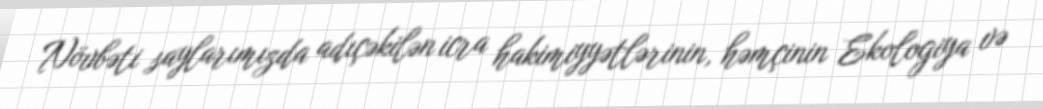
Növbəti saylarımızda adıçəkilən icra hakimiyyətlərinin, həmçinin Ekologiya və